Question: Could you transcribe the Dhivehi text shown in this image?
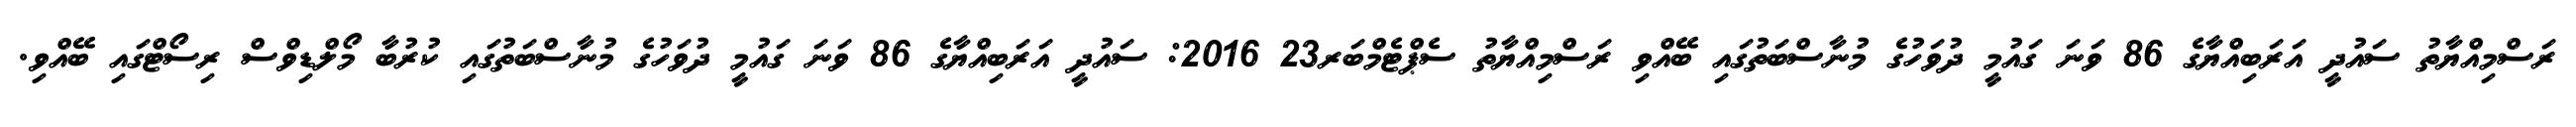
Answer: ރަސްމިއްޔާތު ސައުދީ އަރަބިއްޔާގެ 86 ވަނަ ގައުމީ ދުވަހުގެ މުނާސްބަތުގައި ބޭއްވި ރަސްމިއްޔާތު ސެޕްޓެމްބަރ23 2016: ސައުދީ އަރަބިއްޔާގެ 86 ވަނަ ގައުމީ ދުވަހުގެ މުނާސްބަތުގައި ކުރުބާ މޯލްޑިވްސް ރިސޯޓްގައި ބޭއްވި.